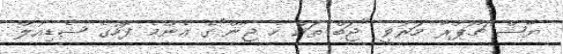
ޔާޝް ޗޯޕްރާ މަރުވީ "ޖަބް ތަކް ހެ ޖާން"ގެ އެންމެ ފަހުގެ ޝެޑިއުލް